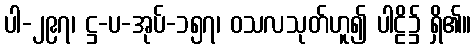
ပါ-၂၉၇၊ ဋ္ဌ-ပ-အုပ်-၁၅၇၊ ဝသလသုတ်ဟူ၍ ပါဠိ၌ ရှိ၏။